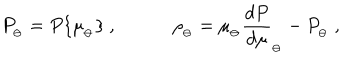
P _ { _ \ominus } = P \{ \mu _ { _ \ominus } \} \ , \qquad \quad \rho _ { _ \ominus } = \mu _ { _ \ominus } { \frac { d P } { d \mu } } _ { _ \ominus } - P _ { _ \ominus } \ ,